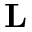
\mathbf { L }